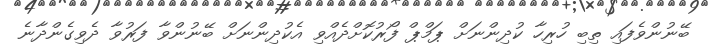
ބޭނުންވެފައި ތިބި ހުރިހާ ކުދިންނަށް ޕަމްޕް ފޯރުކޮށްދެއްވި އެކުދިންނަށް ބޭނުންވާ ފަރުވާ ދެވިގެންދާނެ